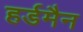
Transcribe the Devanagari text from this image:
हर्डमैन